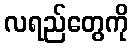
လရည်တွေကို